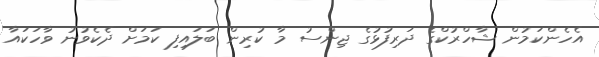
އެހެންކަމުން ޝާހްރުކްގެ ދަރިފުޅުގެ ޖިންސު މާ ކުރިން ބަލައިފި ކަމަށް ދެކެވުނު ވާހަކައާ